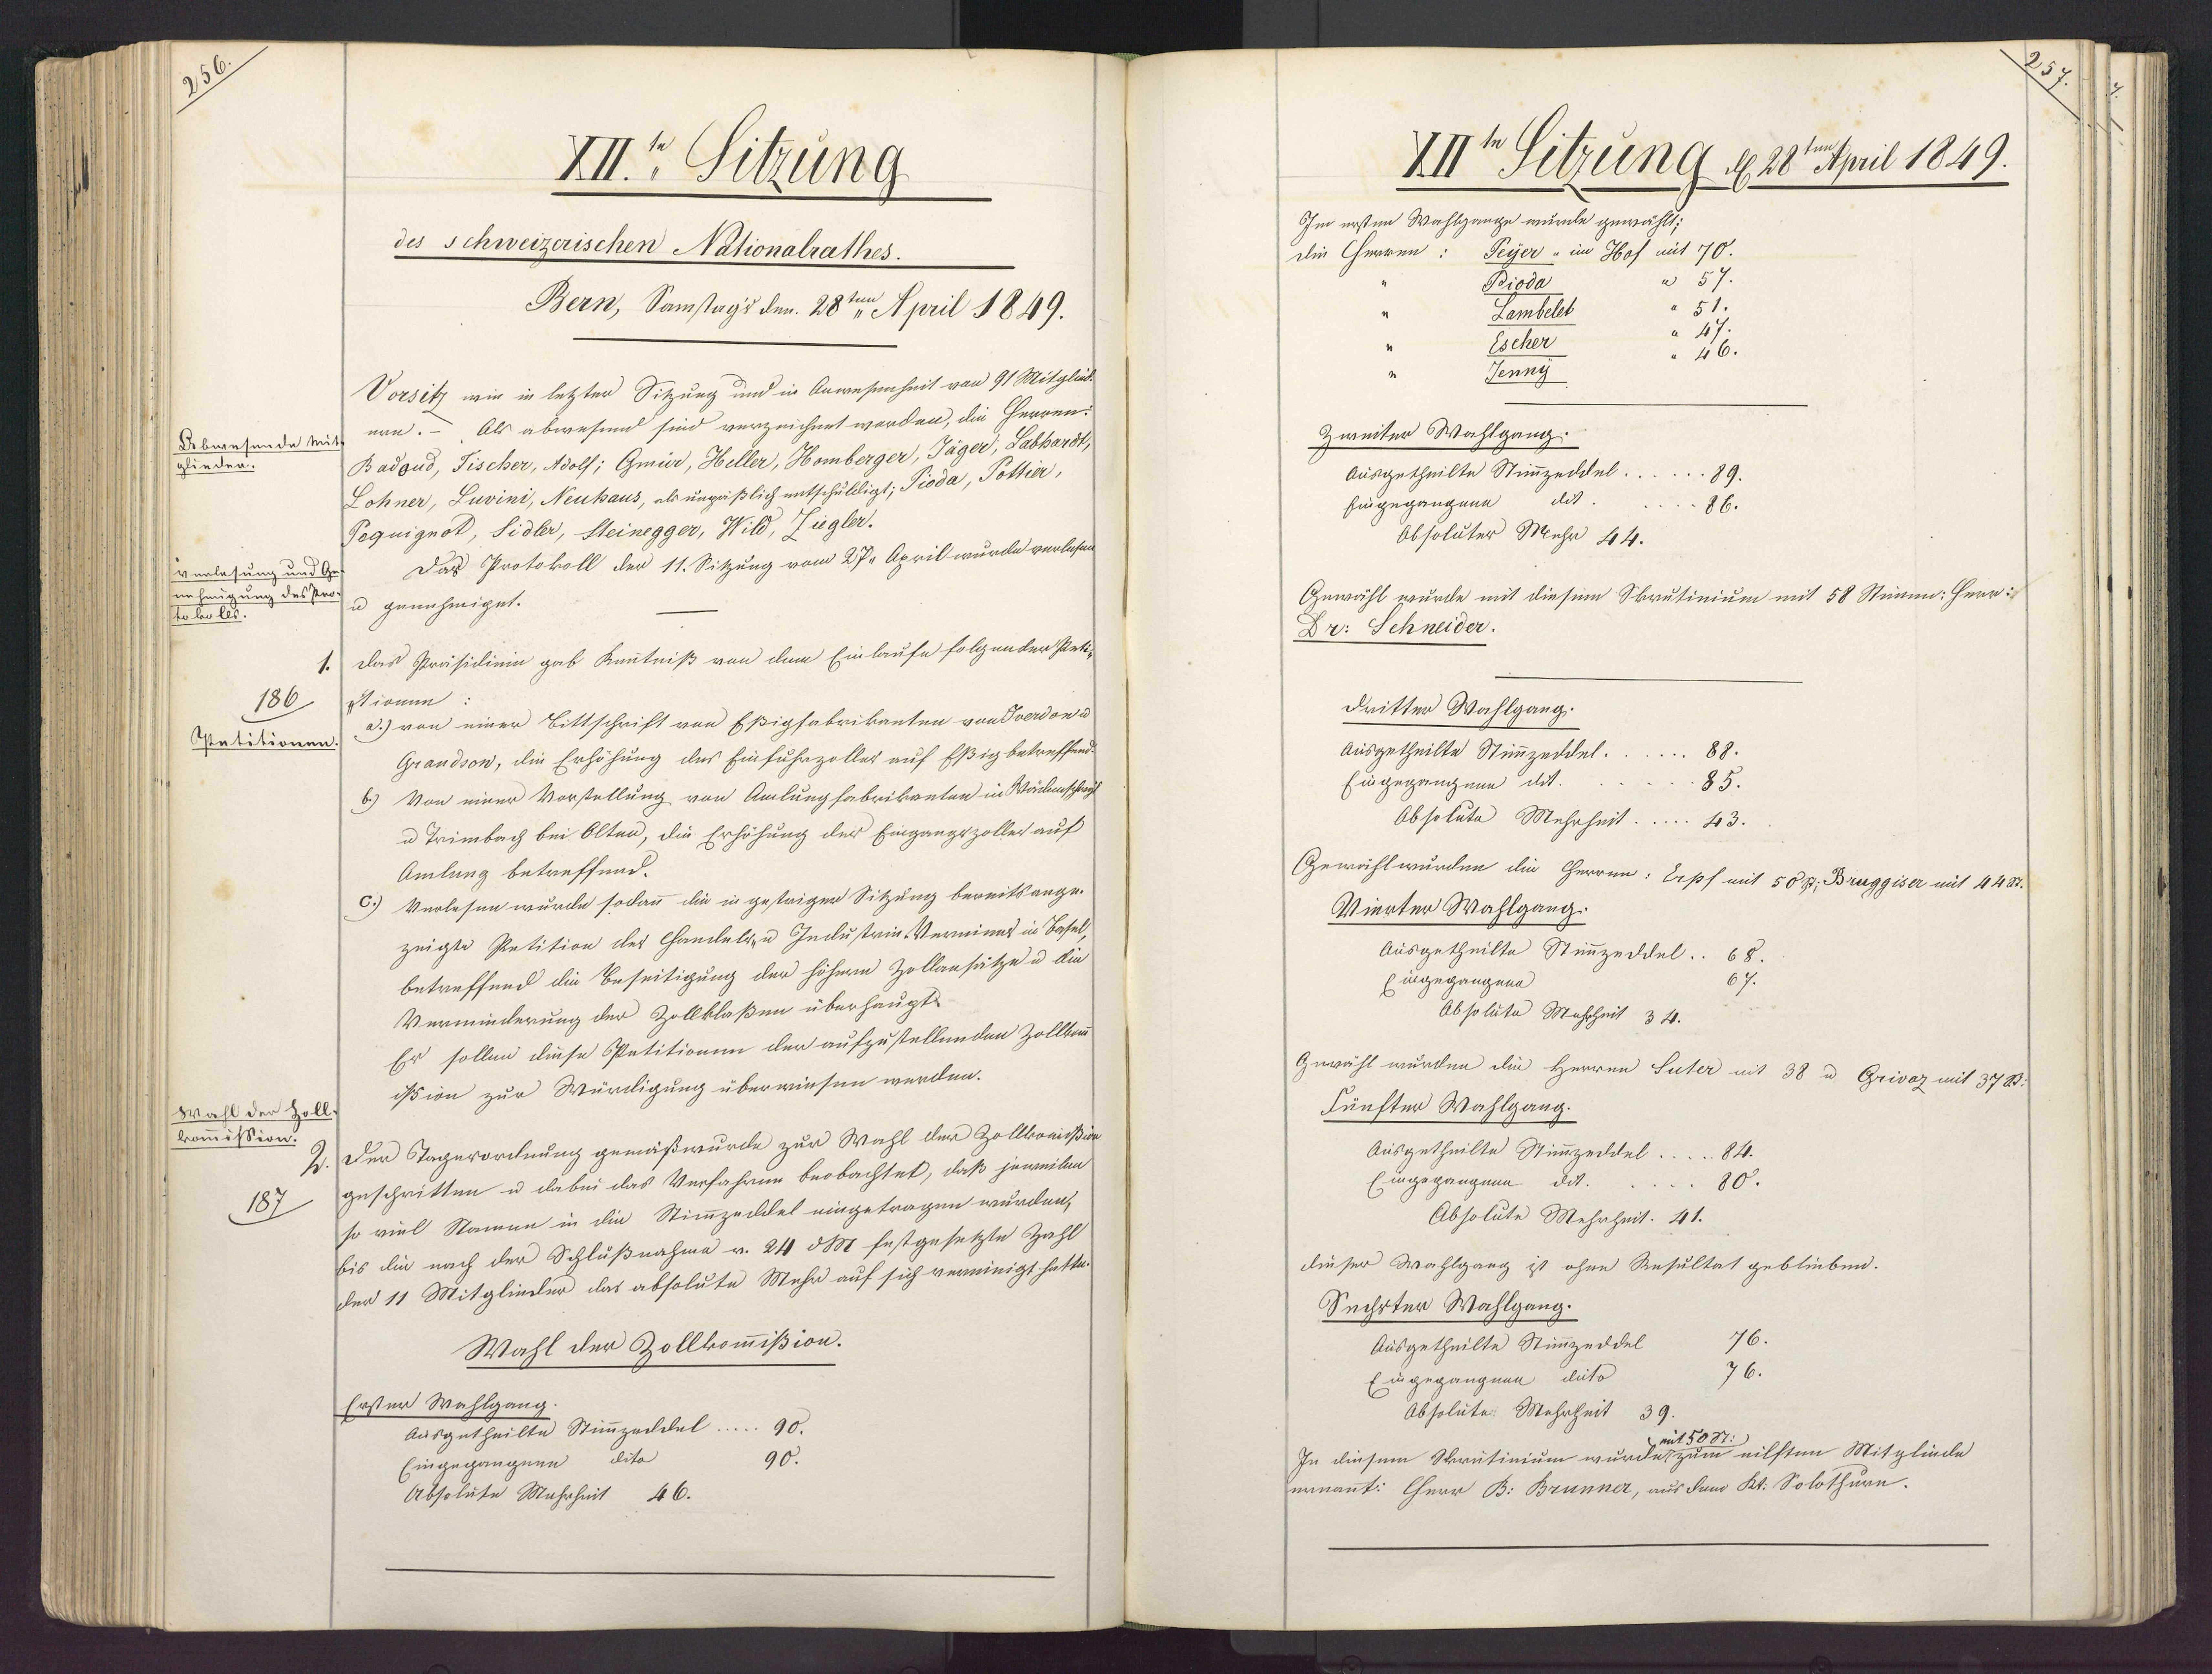
XII." Sitzung
des schweizerischen Nationalrathes.
Bern, Samstags den 28ten April 1849.
Vorsitz wie in letzter Sitzung und in Anwesenheit von 91 Mitglüb¬
Debwesende tif ern. - Als abwesend sind verzeichnet worden, die Herren¬
Badgud, Fischer, Adolf; Gmio, Heller, Homberger, Jäger, Labhardt,
glieden.
Lohner, Luvini, Neuhaus, als ungäßlich entschuldigt; Pioda, Tottia,
Peguignot, Sidler, Steinegger, Wild, Ziegler.
Das Protokoll der 11. Sitzung vom 27e April wurde verlesen
verlesung und G
enZeugung des Pro u genehmiget.
toleo les.
das Präsidiei gab Knnntniß von dem Einlaufe folgender Peti¬
ptionun
186
2.) von einer Bittschrift von Eßigfabrikanten von Sverdonu
Patitionen
Grandsow, die Erhöhung des Einfuhrzoller auf Eßig betreffende
6) Von einer Vorstellung von Amlungfabrikanten in Wäclenschwyl
u Trimbach bei Olten, die Erhöhung der Eingangszolles auf
Amlung betreffend.
c.) Verlesen wurde sodann die in gestriger Sitzung bereitsange¬
zeigte Retition des Handelsu Incustrin Verminns in Basel
betreffend die Beseitigung der höhern Zollansätze u die
Verminderung der Zollklaßen überhaupt
Er sollen diese Petitionem der aufzustellenden Zollbau
ißion zur Würdigung überwiesen werden.
Wahl der Zoll
kommission
Der Tagerordnung gemäßwurde zur Wahl der Zollkomißion
geschritten u dabei das Verfahren beobachtet, daß jeweiben
187
so viel Ntamme in die Stimmzeddel eingetragen wurden,
bis die nach der Schlußnahme v. 24 d M festgesetzte Zahl
der 11 Mitglieder das absolute Mehr auf sich vereinigt hatte.
Wahl der Zollkommißion.
Erster Wahlgang
ausgetheilte Stimmzaildel
90.
Eingegangnen dito
Absolute Mahrheit 46.

XIIt Sitzung d 28ten April 1849.
Im ersten Wahlgange wurdde gewählt;
die Herren: Peyer - im Hof mit 70.
a 57.
Bioda
Lambele
Escher
26.
Jenny
Zweiter Wahlgang:
ausgetheilte Stimmzeddel.
Eingegangene dit.
86.
Obsoluter Mehr 44.
Gewähl wurde mit diesem Skrutinium mit 58 Stimm: Herr:
Dr: Schneider.
dritten Wahlgang:
88.
Ausgetheilte Stimmzeddel
Eingegangene dit.
85.
Obsolute Mehrheit 43
Gewählwurden die Herren: Erpf mit 58 s. Bruggiser mit 44St.
Vierter Wahlgang
Ausgetheilte Stimmzeddel.
Eingegangene
Absolute Mahrheit 34.
Gewähl wurden die Herren Suter mit 38 u Grivaz mit 378t.
Fünfter Wahlgang.
Ausgetheilte Stimmzeildel.
84.
Eingegangene dit...
80.
Absolute Mehrheit. 41.
dieser Wahlgang ist ohne Resultat geblieben.
Sechster Wahlgang.
Ausgetheilte Stimmzeddel
76.
Eingegangnen dito
Absolute. Mehrheit 39
mit 50 St.
In diesem Skrutinium wurde zum eilfsten Mitgliede
ernannt: Herr B: Brünner, aus dem Kt. Solothurn.